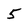
Character: 5